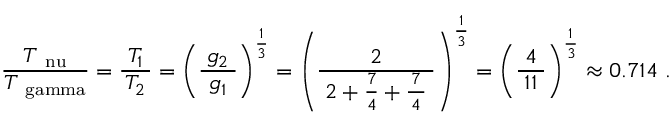
{ \frac { \; T _ { \mathrm { \ n u } } \; } { T _ { \mathrm { \ g a m m a } } } } = { \frac { \; T _ { 1 } \; } { T _ { 2 } } } = \left( { \frac { \; g _ { 2 } \; } { g _ { 1 } } } \right) ^ { \frac { 1 } { 3 } } = \left( { \frac { 2 } { \; 2 + { \frac { 7 } { 4 } } + { \frac { \, 7 \, } { 4 } } \; } } \right) ^ { \frac { \, 1 \, } { 3 } } = \left( { \frac { 4 } { \; 1 1 \; } } \right) ^ { \frac { \, 1 \, } { 3 } } \approx { 0 . 7 1 4 } ~ .